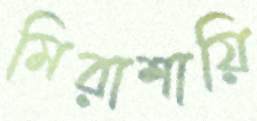
মিরাশায়ি